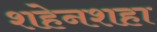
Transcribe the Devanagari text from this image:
शहेनशहा